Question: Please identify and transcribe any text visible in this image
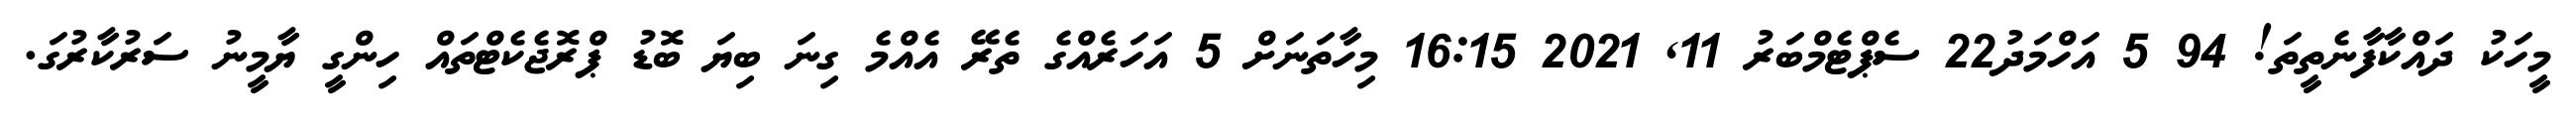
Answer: މީހަކު ދައްކާފާނެތީތަ! 94 5 އަހްމަދު22 ސެޕްޓެމްބަރު 11, 2021 16:15 މިހާތަނަށް 5 އަހަރެއްގެ ތެރޭ އެއްމެ ގިނަ ބިޔަ ބޮޑު ޕްރޮޖެކެޓްތައް ހިންގީ ޔާމީނު ސަރުކާރުގަ.